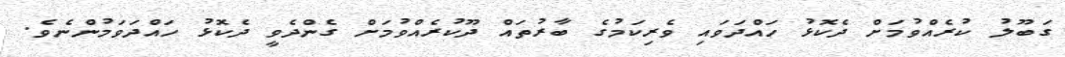
ގަބޫލު ކުރެއްވުމަށް ދެކޮޅު ހައްދަވައި ވެރިކަމުގެ ބާރުތައް ދޫކުރެއްވުމަށް ގެންދެވީ ދެކޮޅު ހައްދަވަމުންނެވެ.